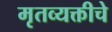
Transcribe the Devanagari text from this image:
मृतव्यक्तीचे